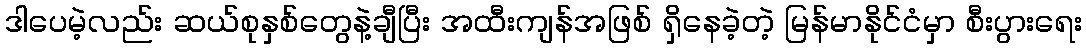
ဒါပေမဲ့လည်း ဆယ်စုနှစ်တွေနဲ့ချီပြီး အထီးကျန်အဖြစ် ရှိနေခဲ့တဲ့ မြန်မာနိုင်ငံမှာ စီးပွားရေး